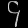
Digit: ၄